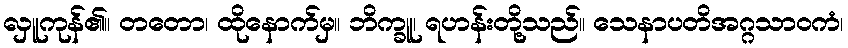
လှူကုန်၏။ တတော၊ ထိုနောက်မှ။ ဘိက္ခူ၊ ရဟန်းတို့သည်။ သေနာပတိအဂ္ဂသာဝကံ၊